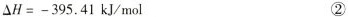
$$ △ H = - 3 9 5 . 4 1 k J / m o l$$ ②